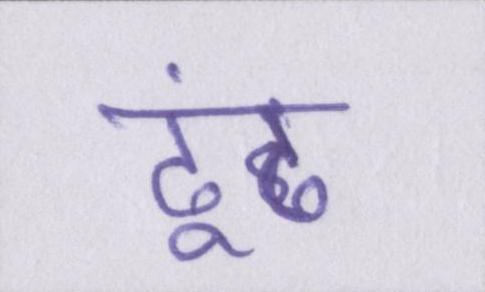
ढूंढ